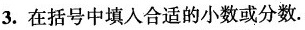
3. 在括号中填入合适的小数或分数.